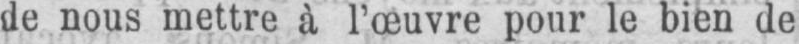
de nous mettre à l’œuvre pour le bien de